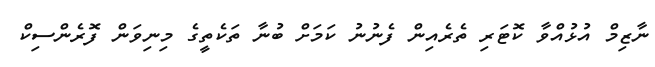
ނާޒިމް އުޅުއްވާ ކޮޓަރި ތެރެއިން ފެނުނު ކަމަށް ބުނާ ތަކެތީގެ މިނިވަަން ފޮރެންސިކް